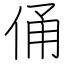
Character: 俑